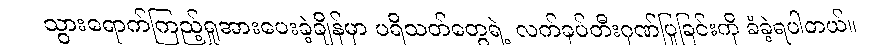
သွားရောက်ကြည့်ရှုအားပေးခဲ့ချိန်မှာ ပရိသတ်တွေရဲ့ လက်ခုပ်တီးဂုဏ်ပြုခြင်းကို ခံခဲ့ရပါတယ်။